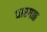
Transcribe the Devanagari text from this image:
धारगळ